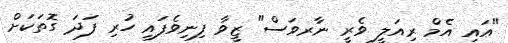
"އައި އެމް ރިއަލީ ވެރީ ނާރވަސް" ޒީވާ ފިނިވެފައި ހުރި ފަދަ ގޮތަކަށް